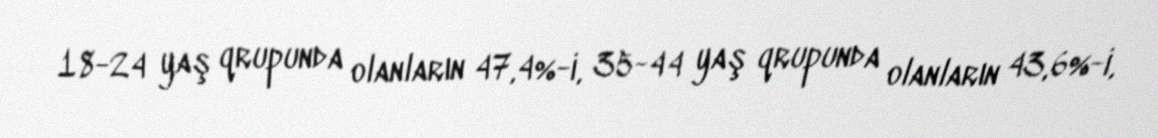
18-24 yaş qrupunda olanların 47,4%-i, 35-44 yaş qrupunda olanların 43,6%-i,